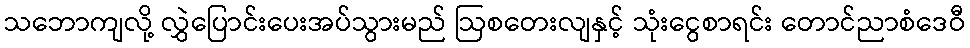
သဘောကျလို့ လွှဲပြောင်းပေးအပ်သွားမည် ဩစတေးလျနှင့် သုံးငွေစာရင်း တောင်ညာစံဒေဝီ